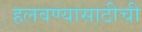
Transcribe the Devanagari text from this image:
हलवण्यासाठीची